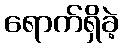
ရောက်ရှိခဲ့